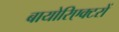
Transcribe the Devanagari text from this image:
बायोरिएक्टरों